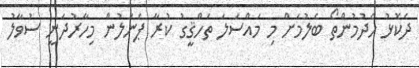
ދެކޮޅު ހެދުމުންތޯ ބެލުމަށް މި މައްސަލަ ތަހްޤީގު ކުރާ ޕެނަލުން މިހާރުދަނީ ސުވާލު